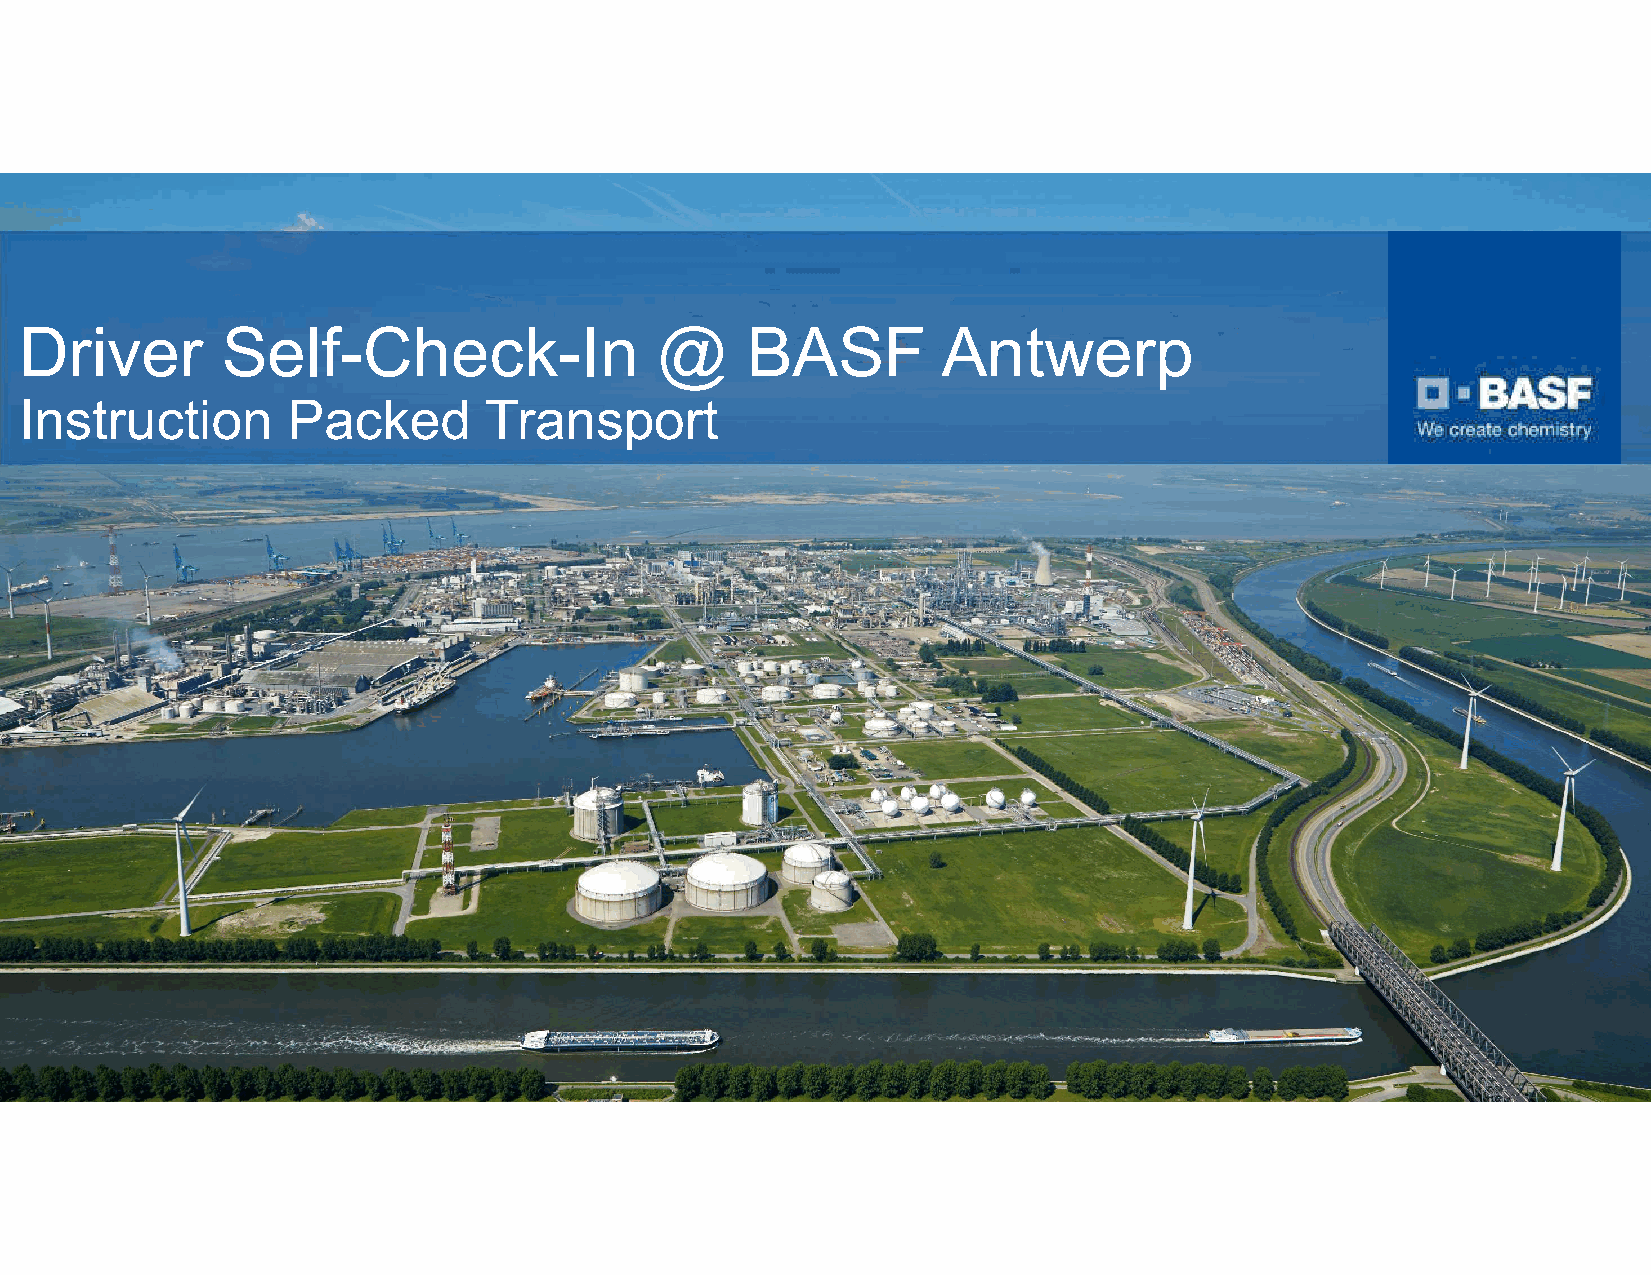
Driver        Self-Check-In               @     BASF         Antwerp
 Instruction       Packed       Transport